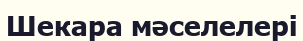
Шекара мәселелері